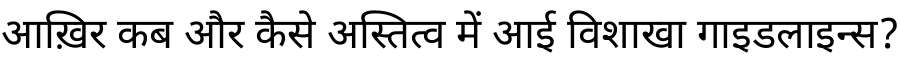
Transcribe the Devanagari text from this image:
आख़िर कब और कैसे अस्तित्व में आई विशाखा गाइडलाइन्स?